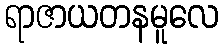
ရာဇာယတနမူလေ